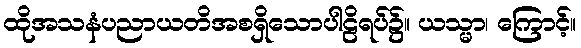
ထိုအသနံပညာယတိအစရှိသောပါဠိရပ်၌။ ယသ္မာ၊ ကြောင့်။